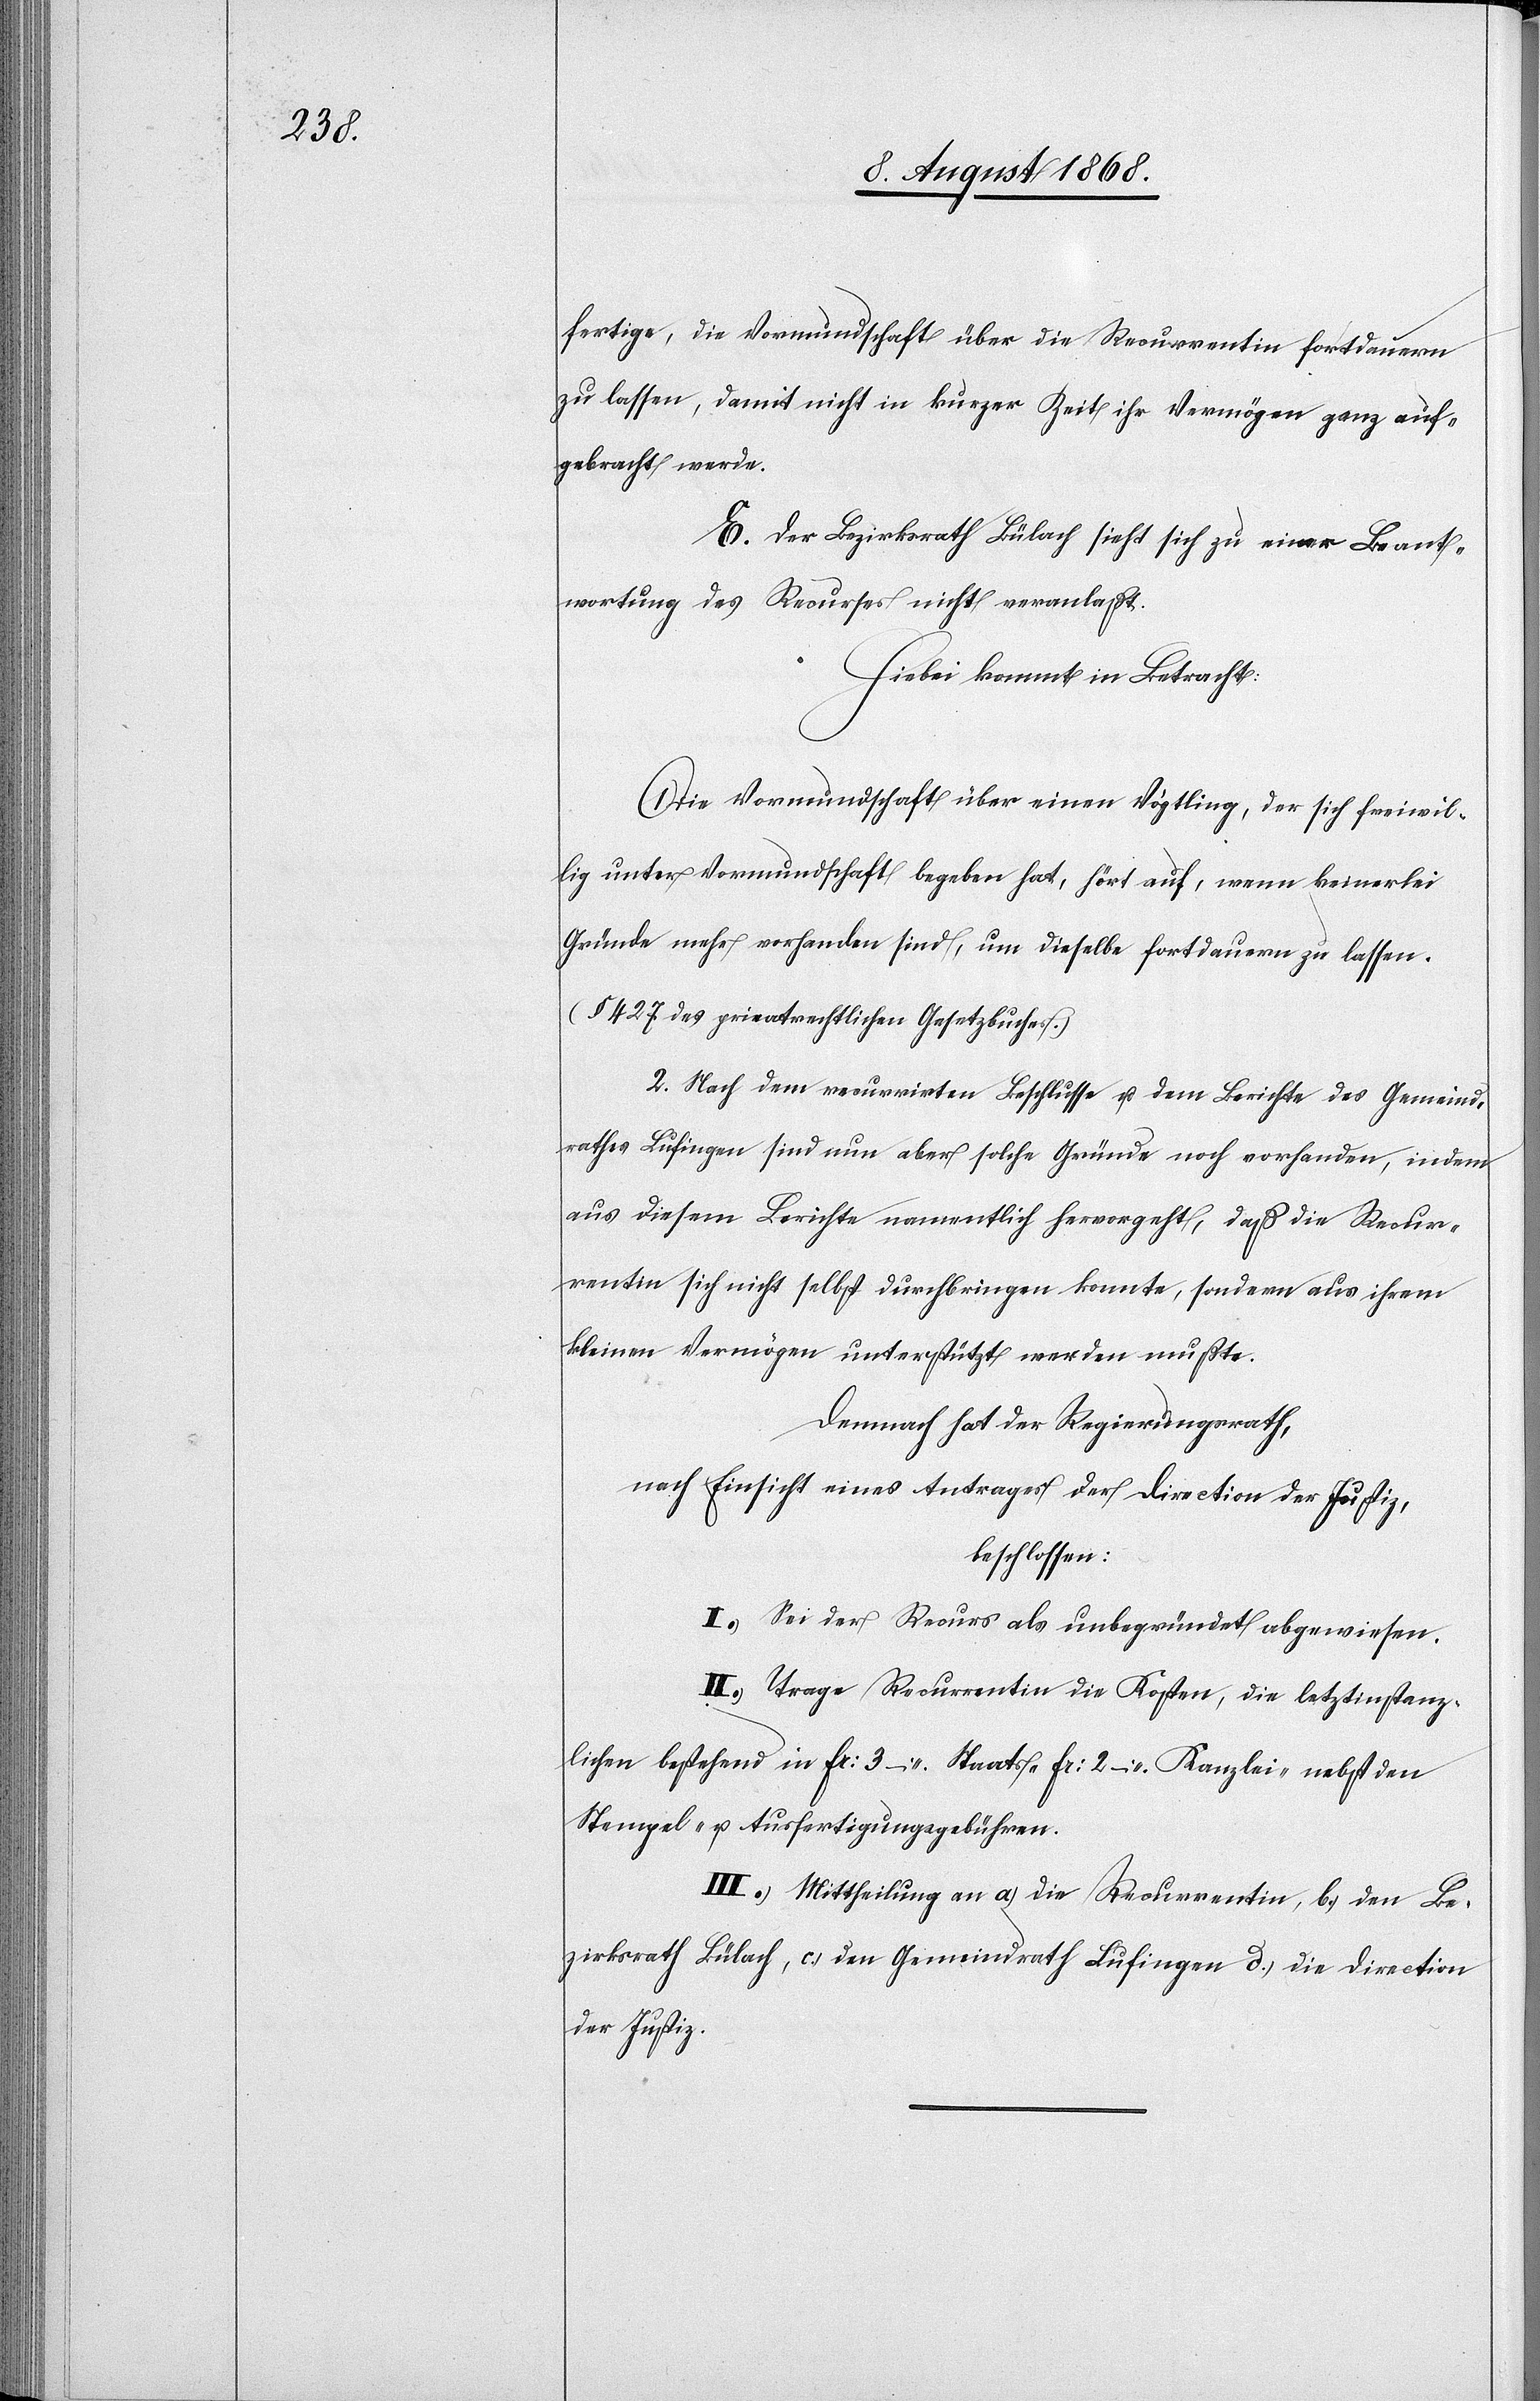
fertige, die Vormundschaft über die Recurrentin fortdauern
zu lassen, damit nicht in kurzer Zeit ihr Vermögen ganz auf¬
gebra[u]cht werde.
E. Der Bezirksrath Bülach sieht sich zu einer Beant¬
wortung des Recurses nicht veranlaßt.
Hiebei kommt in Betracht:
Die Vormundschaft über einen Vögtling, der sich freiwil¬
lig unter Vormundschaft begeben hat, hört auf, wenn keinerlei
Gründe mehr vorhanden sind, um dieselbe fortdauern zu lassen.
(§ 427 des privatrechtlichen Gesetzbuches.)
2. Nach dem recurrirten Beschlusse u. dem Berichte des Gemeind¬
rathes Lufingen sind nun aber solche Gründe noch vorhanden, indem
aus diesem Berichte namentlich hervorgeht, daß die Recur¬
rentin sich nicht selbst durchbringen konnte, sondern aus ihrem
kleinen Vermögen unterstützt werden mußte.
Demnach hat der Regierungsrath,
nach Einsicht eines Antrages der Direction der Justiz,
beschlossen:
I.) Sei der Recurs als unbegründet abgewiesen.
II.) Trage Recurrentin die Kosten, die letztinstanz¬
lichen bestehend in Fr: 3 – Staats-[,] Fr: 2 – Kanzlei-[,] nebst den
Stempel- u. Ausfertigungsgebühren.
III.) Mittheilung an a.) die Recurrentin, b.) den Be¬
zirksrath Bülach, c.) den Gemeindrath Lufingen d.) die Direction
der Justiz.